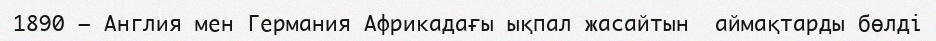
1890 — Англия мен Германия Африкадағы ықпал жасайтын  аймақтарды бөлдi